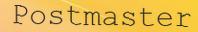
Postmaster